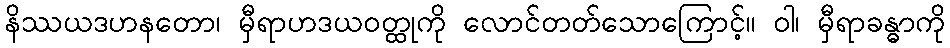
နိဿယဒဟနတော၊ မှီရာဟဒယဝတ္ထုကို လောင်တတ်သောကြောင့်။ ဝါ၊ မှီရာခန္ဓာကို